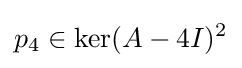
p_{4}\in \ker(A-4I)^{2}